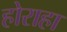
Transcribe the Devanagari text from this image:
होराहा